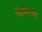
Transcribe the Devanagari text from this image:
लेफिटनेंट